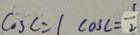
C O _ { 3 } C = 1 \cos C = \frac { 1 } { 2 }